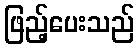
ဖြည့်ပေးသည်